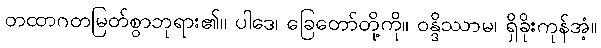
တထာဂတမြတ်စွာဘုရား၏။ ပါဒေ၊ ခြေတော်တို့ကို။ ဝန္ဒိဿာမ၊ ရှိခိုးကုန်အံ့။